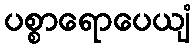
ပစ္စာရောပေယျံ